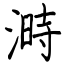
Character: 溡